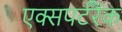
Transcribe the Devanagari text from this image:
एक्सपर्टरैंक